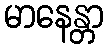
မာနေန္တာ